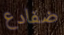
ضفادع